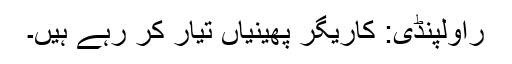
راولپنڈی: کاریگر پھینیاں تیار کر رہے ہیں۔